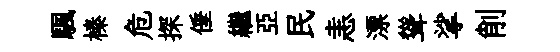
颿榛危探倕繼亞民恚漂聳挲削